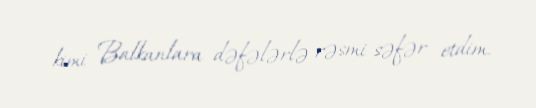
kimi Balkanlara dəfələrlə rəsmi səfər etdim.